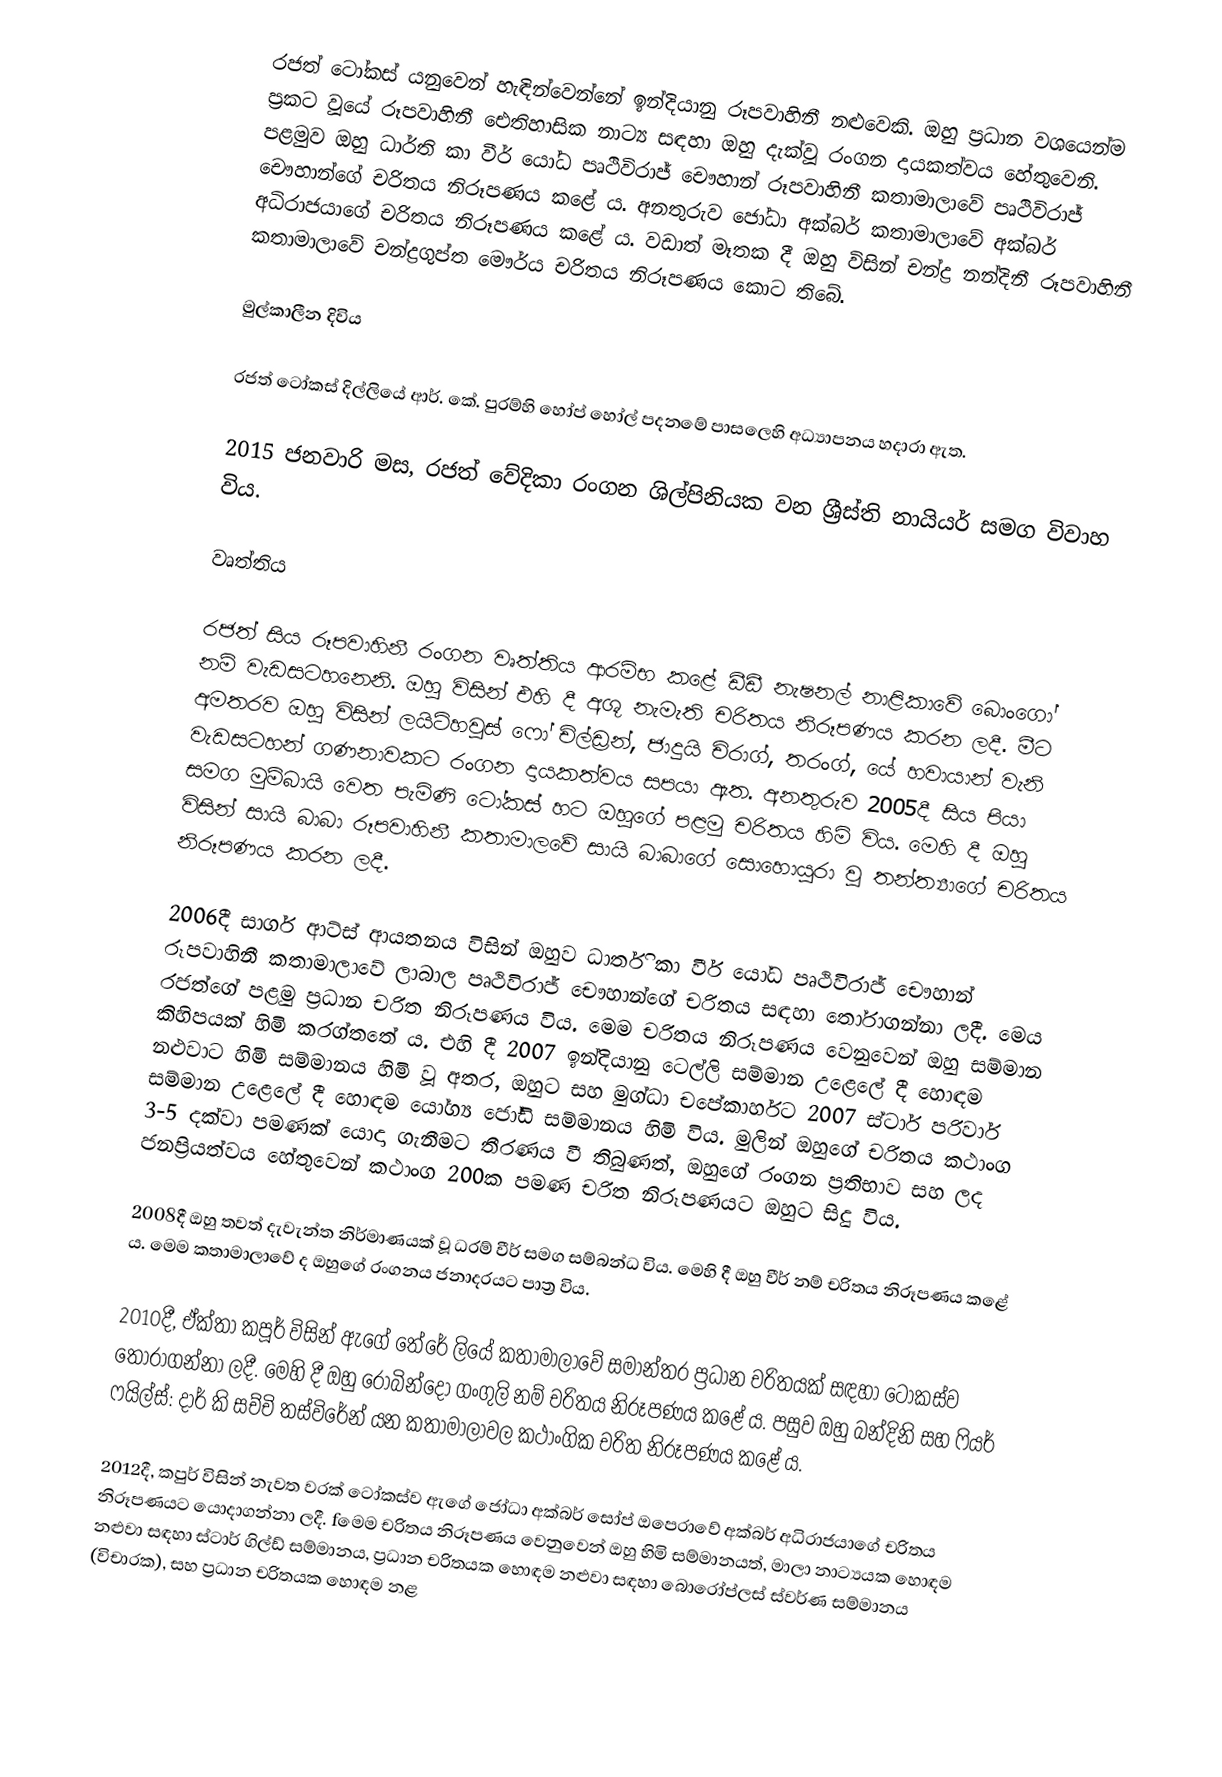
රජත් ටෝකස් යනුවෙන් හැඳින්වෙන්නේ ඉන්දියානු රූපවාහිනී නළුවෙකි. ඔහු ප්‍රධාන වශයෙන්ම ප්‍රකට වූයේ රූපවාහිනී ඓතිහාසික නාට්‍ය සඳහා ඔහු දැක්වූ රංගන දායකත්වය හේතුවෙනි. පළමුව ඔහු ධාර්ති කා වීර් යෝධ පෘථිවිරාජ් චෞහාන් රූපවාහිනී කතාමාලාවේ පෘථිවිරාජ් චෞහාන්ගේ චරිතය නිරූපණය කළේ ය. අනතුරුව ජෝධා අක්බර් කතාමාලාවේ අක්බර් අධිරාජයාගේ චරිතය නිරූපණය කළේ ය. වඩාත් මෑතක දී ඔහු විසින් චන්ද්‍ර නන්දිනී රූපවාහිනී කතාමාලාවේ චන්ද්‍රගුප්ත මෞර්ය චරිතය නිරූපණය කොට තිබේ.

මුල්කාලීන දිවිය

රජත් ටෝකස් දිල්ලියේ ආර්. කේ. පුරම්හි හෝප් හෝල් පදනමේ පාසලෙහි අධ්‍යාපනය හදාරා ඇත.

2015 ජනවාරි මස, රජත් වේදිකා රංගන ශිල්පිනියක වන ශ්‍රීස්ති නායියර් සමග විවාහ විය.

වෘත්තිය

රජත් සිය රූපවාහිනී රංගන වෘත්තිය ආරම්භ කළේ ඩීඩී නැෂනල් නාළිකාවේ බොංගෝ නම් වැඩස‍ටහනෙනි. ඔහු විසින් එහි දී අශූ නැමැති චරිතය නිරූපණය කරන ලදී. මීට අමතරව ඔහු විසින් ලයිට්හවුස් ෆෝ චිල්ඩ්‍රන්, ජාදුයි චිරාග්, තරංග්, යේ හවායාන් වැනි වැඩසටහන් ගණනාවකට රංගන දායකත්වය සපයා ඇත. අනතුරුව 2005දී සිය පියා සමග මුම්බායි වෙත පැමිණි ටෝකස් හට ඔහුගේ පළමු චරිතය හිමි විය. මෙහි දී ඔහු විසින් සායි බාබා රූපවාහිනී කතාමාලවේ සායි බාබාගේ සොහොයුරා වූ තන්ත්‍යාගේ චරිතය නිරූපණය කරන ලදී.

2006දී සාගර් ආට්ස් ආයතනය විසින් ඔහුව ධාර්ති කා වීර් යෝධ පෘථිවිරාජ් චෞහාන් රූපවාහිනී කතාමාලාවේ ලාබාල පෘථිවිරාජ් චෞහාන්ගේ චරිතය සඳහා තෝරාගන්නා ලදී. මෙය රජත්ගේ පළමු ප්‍රධාන චරිත නිරූපණය විය. මෙම චරිතය නිරූපණය වෙනුවෙන් ඔහු සම්මාන කිහිපයක් හිමි කරග්තතේ ය. එහි දී 2007 ඉන්දියානු ටෙල්ලි සම්මාන උළෙලේ දී හොඳම නළුවාට හිමි සම්මානය හිමි වූ අතර, ඔහුට සහ මුග්ධා චපේකාර්හට 2007 ස්ටාර් පරිවාර් සම්මාන උළෙලේ දී හොඳම යෝග්‍ය ජෝඩි සම්මානය හිමි විය. මුලින් ඔහුගේ චරිතය කථාංග 3-5 දක්වා පමණක් යොදා ගැනීමට තීරණය වී තිබුණත්, ඔහුගේ රංගන ප්‍රතිභාව සහ ලද ජනප්‍රියත්වය හේතුවෙන් කථාංග 200ක පමණ චරිත නිරූපණයට ඔහුට සිදු විය.

2008දී ඔහු තවත් දැවැන්ත නිර්මාණයක් වූ ධරම් වීර් සමග සම්බන්ධ විය. මෙහි දී ඔහු වීර් නම් චරිතය නිරූපණය කළේ ය. මෙම කතාමාලාවේ ද ඔහුගේ රංගනය ජනාදරයට පාත්‍ර විය.

2010දී, ඒක්තා කපූර් විසින් ඇගේ තේරේ ලියේ කතාමාලාවේ සමාන්තර ප්‍රධාන චරිතයක් සඳහා ටෝකස්ව තෝරාගන්නා ලදී. මෙහි දී ඔහු රොබින්දෝ ගංගුලි නම් චරිතය නිරූපණය කළේ ය. පසුව ඔහු බන්දිනි සහ ‍ෆියර් ෆයිල්ස්: දාර් කි සච්චි තස්විරේන් යන කතාමාලාවල කථාංගික චරිත නිරූපණය කළේ ය.

2012දී, කපුර් විසින් නැවත වරක් ටෝකස්ව ඇගේ ජෝධා අක්බර් සෝප් ඔපෙරාවේ  අක්බර් අධිරාජයාගේ චරිතය නිරූපණයට යොදාගන්නා ලදී. fමෙම චරිතය නිරූපණය වෙනුවෙන් ඔහු හිමි සම්මානයත්, මාලා නාට්‍යයක හොඳම නළුවා සඳහා ස්ටාර් ගිල්ඩ් සම්මානය, ප්‍රධාන චරිතයක හොඳම නළුවා සඳහා බොරෝප්ලස් ස්වර්ණ සම්මානය (විචාරක), සහ ප්‍රධාන චරිතයක හොඳම නළ